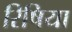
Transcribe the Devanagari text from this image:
रिषिया